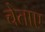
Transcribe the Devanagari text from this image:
चेताए